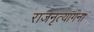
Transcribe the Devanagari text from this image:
राजनृत्यांगना